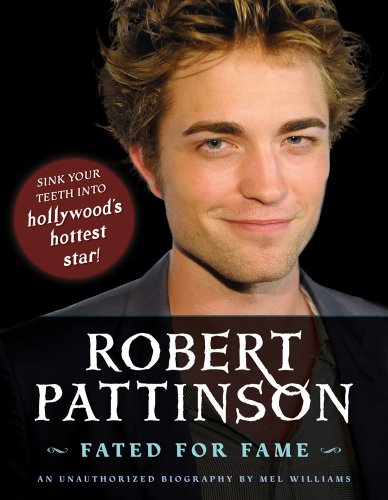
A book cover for Robert Pattinson: Fated for Fame; Mel Williams; Teen & Young Adult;